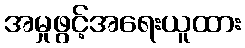
အမှုဖွင့်အရေးယူထား